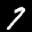
Label: 7